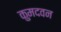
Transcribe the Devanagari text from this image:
कुमदवन